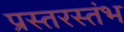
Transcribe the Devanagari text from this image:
प्रस्तरस्तंभ